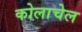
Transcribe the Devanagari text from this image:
कोलाचेल